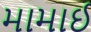
મામાઈ